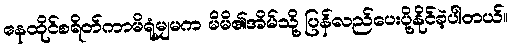
နေထိုင်စရိတ်ကာမိရုံမျှမက မိမိ၏အိမ်သို့ ပြန်လည်ပေးပို့နိုင်ခဲ့ပါတယ်။